Code of medical and sanitary regulations for the guidance of medical officers serving in the Madras Presidency - Volume II
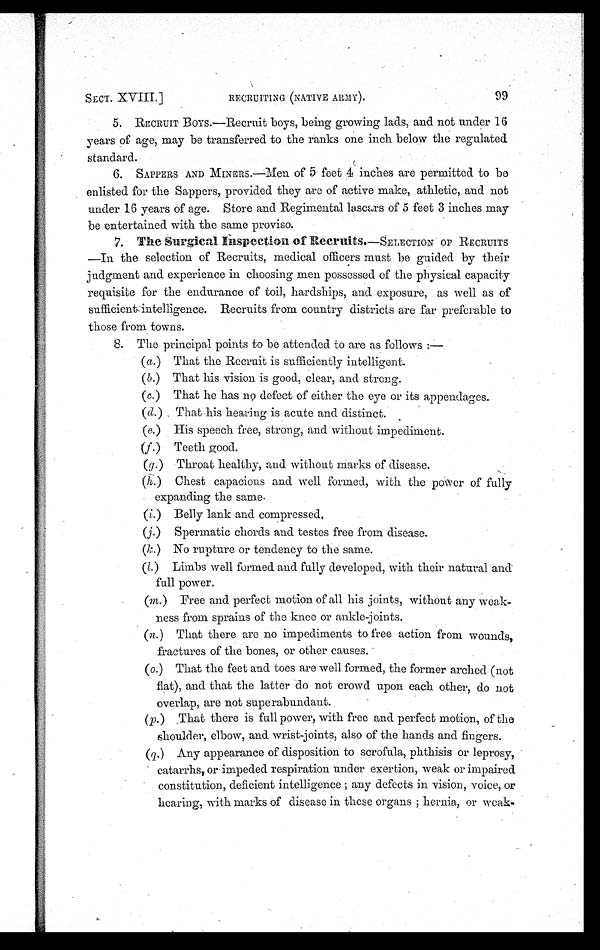
SECT. XVIII.]
RECRUITING (NATIVE ARMY).
9 9
5. RECRUIT BOYS.—Recruit boys, being growing lads, and not under 16
years of age, may be transferred to the ranks one inch below the regulated
standard.
6 SAPPERS AND MINERS.—Men of 5 feet 4 inches are permitted to be
enlisted for the Sappers, provided they are of active make, athletic, and not
under 16 years of age. Store and Regimental lascars of 5 feet 3 inches may
be entertained with the same proviso.
7. The Surgical inspection of Recruits.—SELECTION OF RECRUITS
—In the selection of Recruits, medical officers must be guided by their
judgment and experience in choosing men possessed of the physical capacity
requisite for the endurance of toil, hardships, and exposure, as well as of
sufficient intelligence. Recruits from country districts are far preferable to
those from towns.
6. The principal points to be .attended to are as follows :-
(a.) That the Recruit is sufficiently intelligent.
(b.) That his vision is good, clear, and strong.
(c.) That he has no defect of either the eye or its appendages.
(d.) That his hearing is acute and distinct.
(e.) His speech free, strong, and without impediment.
(f.) Teeth good.
(g.) Throat healthy, and without marks of disease.
(k.) Chest capacious and well formed, with the power of fully
expanding the same.
(i.) Belly lank and compressed.
(j.) Spermatic chords and testes free from disease.
(k.) No rupture or tendency to the same.
(1.) Limbs well formed and fully developed, with their natural and
full power.
(m.) Free and perfect motion of all his joints, without any Weak-
ness from sprains of the knee or ankle-joints.
(n.) That there are no impediments to free action from wounds,
fractures of the bones, or other causes.
(o.) That the feet and toes are well formed, the former arched (not
flat), and that the latter do not crowd upon each other, do not
overlap, are not superabundant.
(p.) That there is full power, with free and perfect motion, of the
shoulder, elbow, and. wrist-joints, also of the hands and fingers.
(q.) Any appearance of disposition to scrofula, phthisis or leprosy,
catarrhs, or-impeded respiration under exertion, weak or impaired
constitution, deficient intelligence; any defects in vision, voice, or
hearing, with marks of disease in these organs; hernia, or weak